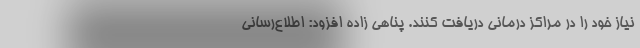
نیاز خود را در مراکز درمانی دریافت کنند. پناهی زاده افزود: اطلاع‌رسانی